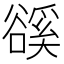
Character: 豀